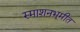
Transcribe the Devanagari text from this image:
स्माशनभूमीत